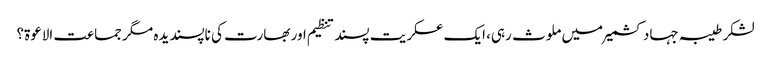
لشکر طیبہ جہاد کشمیر میں ملوث رہی، ایک عسکریت پسند تنظیم اور بھارت کی ناپسندیدہ مگر جماعت الاعوۃ؟